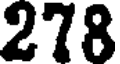
278